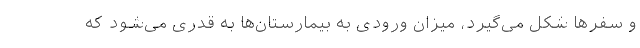
و سفرها شکل می‌گیرد، میزان ورودی به بیمارستان‌ها به قدری می‌شود که